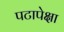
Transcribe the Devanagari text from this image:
पटापेक्षा